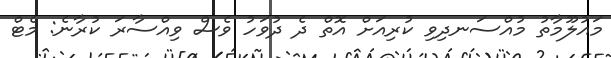
މައުލޫމާތު މުއްސަނދިވި ކުރިއަށް އޮތް ދެ ދުވަހު ވެސް ވިއްސާރަ ކުރާނެ: މެޓް